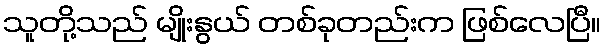
သူတို့သည် မျိုးနွယ် တစ်ခုတည်းက ဖြစ်လေပြီ။